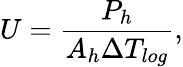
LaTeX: U=\frac{P_{h}}{A_{h}\Delta T_{log}},